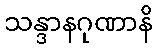
သန္ဒာနဂုဏာနိ